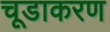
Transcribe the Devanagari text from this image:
चूडाकरण